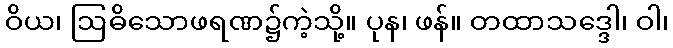
ဝိယ၊ ဩဓိသောဖရဏ၌ကဲ့သို့။ ပုန၊ ဖန်။ တထာသဒ္ဒေါ၊ ဝါ၊